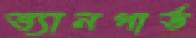
ভ্যানগার্ড